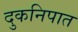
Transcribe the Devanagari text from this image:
दुकनिपात